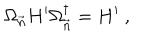
\Omega _ { \vec { n } } H ^ { \prime } \Omega _ { \vec { n } } ^ { \dagger } = H ^ { \prime } \ ,